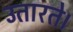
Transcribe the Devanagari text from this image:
उतारते।